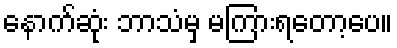
နောက်ဆုံး ဘာသံမှ မကြားရတော့ပေ။